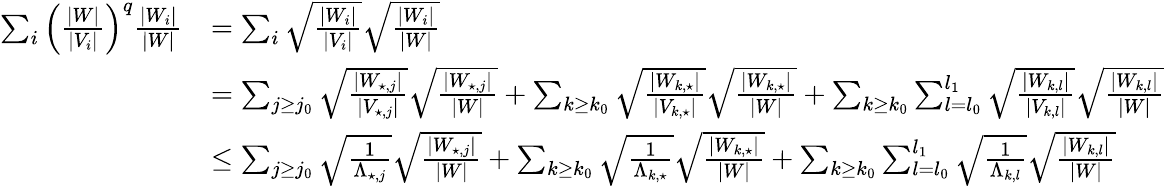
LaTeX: \begin{array}{rl}{\sum_{i}\left(\frac{|W|}{|V_{i}|}\right)^{q}\frac{|W_{i}|}{|W|}}&{=\sum_{i}\sqrt{\frac{|W_{i}|}{|V_{i}|}}\sqrt{\frac{|W_{i}|}{|W|}}}\\ &{=\sum_{j\geq j_{0}}\sqrt{\frac{|W_{\star,j}|}{|V_{\star,j}|}}\sqrt{\frac{|W_{\star,j}|}{|W|}}+\sum_{k\geq k_{0}}\sqrt{\frac{|W_{k,\star}|}{|V_{k,\star}|}}\sqrt{\frac{|W_{k,\star}|}{|W|}}+\sum_{k\geq k_{0}}\sum_{l=l_{0}}^{l_{1}}\sqrt{\frac{|W_{k,l}|}{|V_{k,l}|}}\sqrt{\frac{|W_{k,l}|}{|W|}}}\\ &{\leq\sum_{j\geq j_{0}}\sqrt{\frac{1}{\Lambda_{\star,j}}}\sqrt{\frac{|W_{\star,j}|}{|W|}}+\sum_{k\geq k_{0}}\sqrt{\frac{1}{\Lambda_{k,\star}}}\sqrt{\frac{|W_{k,\star}|}{|W|}}+\sum_{k\geq k_{0}}\sum_{l=l_{0}}^{l_{1}}\sqrt{\frac{1}{\Lambda_{k,l}}}\sqrt{\frac{|W_{k,l}|}{|W|}}}\end{array}